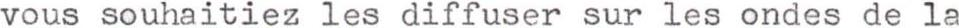
vous souhaitiez les diffuser sur les ondes de la